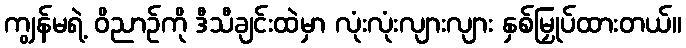
ကျွန်မရဲ့ ဝိညာဉ်ကို ဒီသီချင်းထဲမှာ လုံးလုံးလျားလျား နှစ်မြှုပ်ထားတယ်။